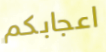
اعجابكم